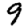
Digit: 9